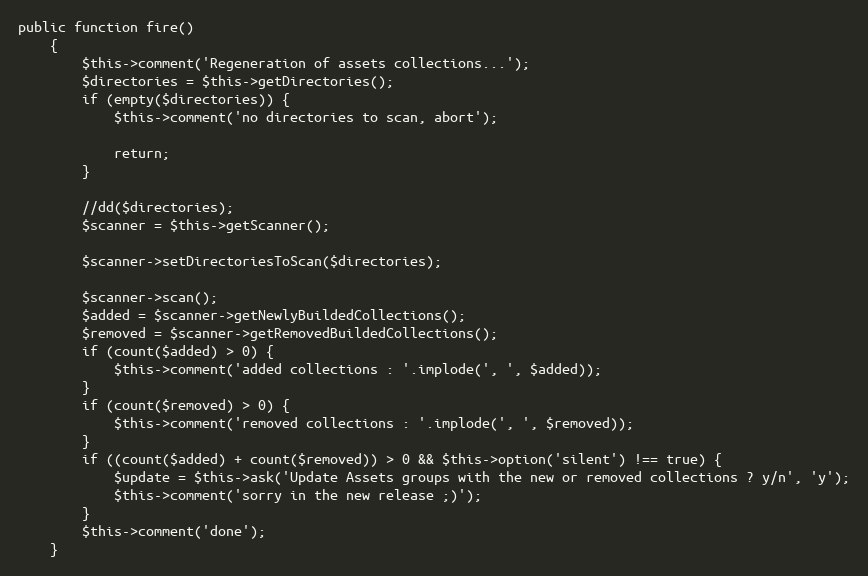
Language: PHP
public function fire()
    {
        $this->comment('Regeneration of assets collections...');
        $directories = $this->getDirectories();
        if (empty($directories)) {
            $this->comment('no directories to scan, abort');

            return;
        }

        //dd($directories);
        $scanner = $this->getScanner();

        $scanner->setDirectoriesToScan($directories);

        $scanner->scan();
        $added = $scanner->getNewlyBuildedCollections();
        $removed = $scanner->getRemovedBuildedCollections();
        if (count($added) > 0) {
            $this->comment('added collections : '.implode(', ', $added));
        }
        if (count($removed) > 0) {
            $this->comment('removed collections : '.implode(', ', $removed));
        }
        if ((count($added) + count($removed)) > 0 && $this->option('silent') !== true) {
            $update = $this->ask('Update Assets groups with the new or removed collections ? y/n', 'y');
            $this->comment('sorry in the new release ;)');
        }
        $this->comment('done');
    }